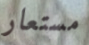
مستعار